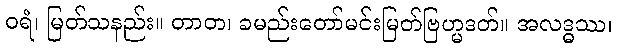
ဝရံ၊ မြတ်သနည်း။ တာတ၊ ခမည်းတော်မင်းမြတ်ဗြဟ္မဒတ်။ အလဒ္ဓဿ၊